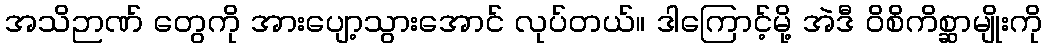
အသိဉာဏ် တွေကို အားပျော့သွားအောင် လုပ်တယ်။ ဒါကြောင့်မို့ အဲဒီ ဝိစိကိစ္ဆာမျိုးကို